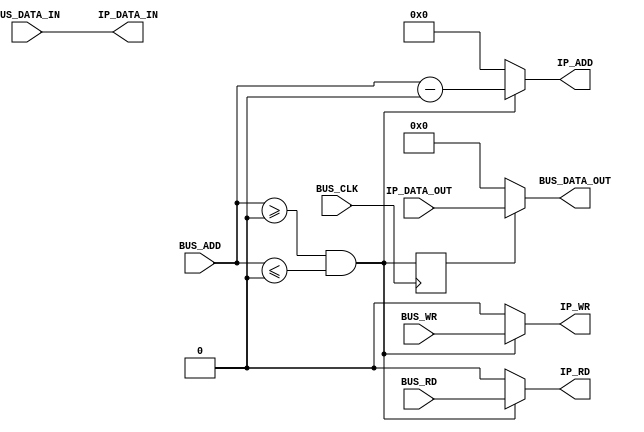
module sbus_to_ip
#(
    parameter BASEADDR = 0,
    parameter HIGHADDR = 0,
    parameter ABUSWIDTH = 16,
    parameter DBUSWIDTH = 8
)
(
    input wire BUS_CLK,
    input wire BUS_RD,
    input wire BUS_WR,
    input wire [ABUSWIDTH-1:0] BUS_ADD,
    input wire [DBUSWIDTH-1:0] BUS_DATA_IN,
    output wire [DBUSWIDTH-1:0] BUS_DATA_OUT,
    output wire IP_RD,
    output wire IP_WR,
    output wire [ABUSWIDTH-1:0] IP_ADD,
    output wire [DBUSWIDTH-1:0] IP_DATA_IN,
    input wire [DBUSWIDTH-1:0] IP_DATA_OUT
);
wire CS;
assign CS = (BUS_ADD >= BASEADDR && BUS_ADD <= HIGHADDR);
assign IP_ADD = CS ? BUS_ADD - BASEADDR : {ABUSWIDTH{1'b0}};
assign IP_RD = CS ? BUS_RD : 1'b0;
assign IP_WR = CS ? BUS_WR: 1'b0;
assign IP_DATA_IN =  BUS_DATA_IN;
reg CS_PREV;
always@(posedge BUS_CLK) begin
    CS_PREV <= CS;
end
assign BUS_DATA_OUT = (CS_PREV ? IP_DATA_OUT : {DBUSWIDTH{1'b0}});
endmodule